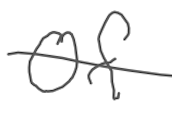
Text: of
Cross-out: single-line
Writing tool: digital_gray